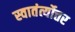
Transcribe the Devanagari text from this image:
स्वातंर्त्योत्तर